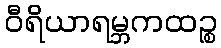
ဝီရိယာရမ္ဘကထဉ္စ